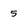
Character: 5